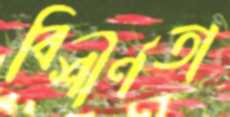
বিশীর্ণতা